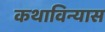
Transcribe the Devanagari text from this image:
कथाविन्यास